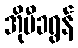
အိုမီခရွန်